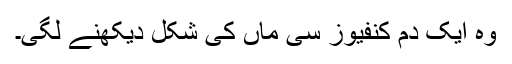
وہ ایک دم کنفیوز سی ماں کی شکل دیکھنے لگی۔